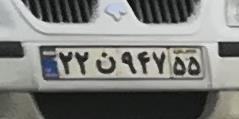
۷۴ن۹۴۷۵۵